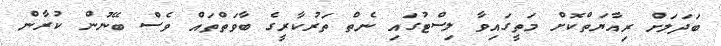
ބަދަލަށް ރިއާޔަތްކޮށް މަތީގައިވާ ލިސްޓުގައި ނެތް ތަރުކާރީގެ ބާވަތްތައް ވެސް ބޭނުން ކުރާން